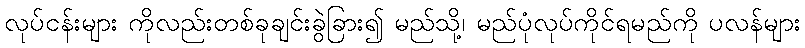
လုပ်ငန်းများ ကိုလည်းတစ်ခုချင်းခွဲခြား၍ မည်သို့၊ မည်ပုံလုပ်ကိုင်ရမည်ကို ပလန်များ